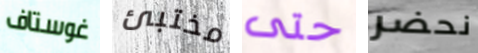
غوستاف مختبئ حتى نحضر